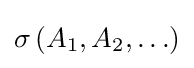
\sigma \left(A_{1},A_{2},\ldots \right)